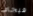
فيجاي